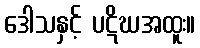
ဒေါသနှင့် ပဋိဃအထူး။